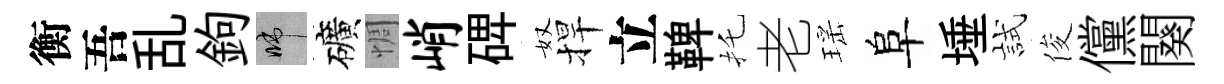
衡吾乱鉤啼礦惆峭𥓓奴捍立鞞托老瑶阜埵試俊儻闋